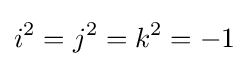
i^{2}=j^{2}=k^{2}=-1